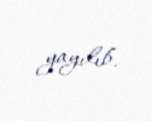
yayılıb.